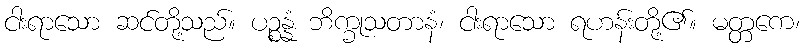
ငါးရာသော ဆင်တို့သည်။ ပဉ္စန္နံ ဘိက္ခုသတာနံ၊ ငါးရာသော ရဟန်းတို့၏။ မတ္တကေ၊